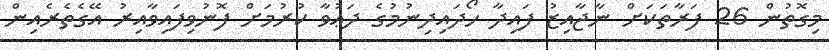
މިގޮތުން 26 ފަރާތަކަށް ނާޖާއިޒު ފައިދާ ހޯދައިދިނުމުގެ ދަޢުވާ ކުރުމަށް ފޮނުވިފައިވާއިރު އޭގެތެރެއިން